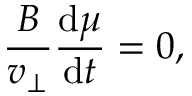
\frac { B } { v _ { \perp } } \frac { \mathrm { d } \mu } { \mathrm { d } t } = 0 ,